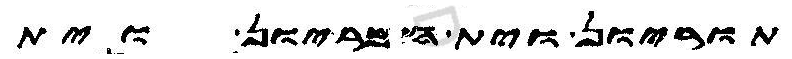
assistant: תוריון וית חמריון וית